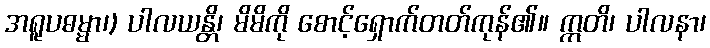
အရူပဓမ္မာ၊) ပါလယန္တိ၊ မိမိကို စောင့်ရှောက်တတ်ကုန်၏။ ဣတိ၊ ပါလနာ၊